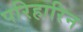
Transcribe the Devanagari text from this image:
परिहारिन